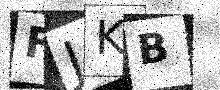
Text: FJKB